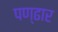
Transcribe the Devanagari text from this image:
पण्‍ढार